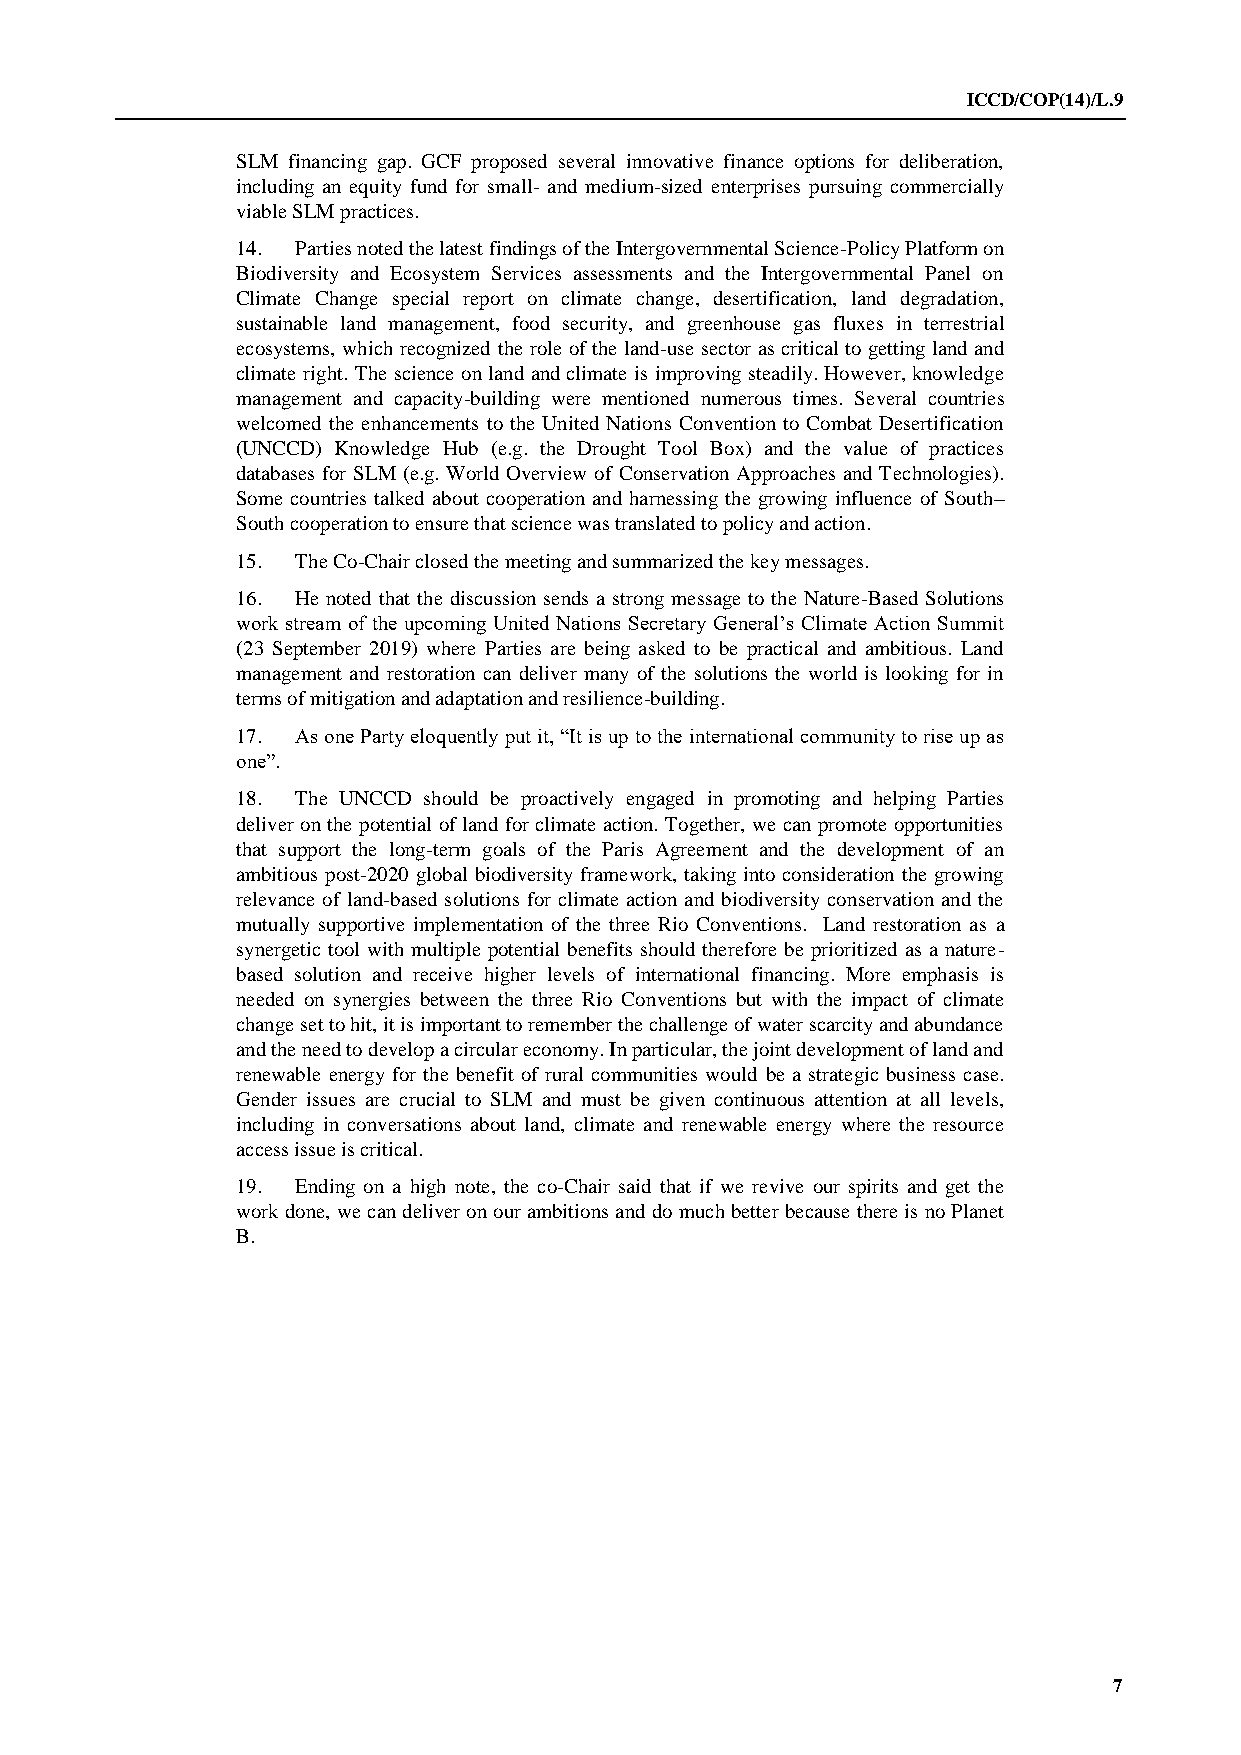
ICCD/COP(14)/L.9
 SLM financing gap. GCF proposed several innovative finance options for deliberation,
 including an equity fund for small- and medium-sized enterprises pursuing commercially
 viable SLM practices.
 14. Parties noted the latest findings of the Intergovernmental Science-Policy Platform on
 Biodiversity and Ecosystem Services assessments and the Intergovernmental Panel on
 Climate Change special report on climate change, desertification, land degradation,
 sustainable land management, food security, and greenhouse gas fluxes in terrestrial
 ecosystems, which recognized the role of the land-use sector as critical to getting land and
 climate right. The science on land and climate is improving steadily. However, knowledge
 management and capacity-building were mentioned numerous times. Several countries
 welcomed the enhancements to the United Nations Convention to Combat Desertification
 (UNCCD) Knowledge Hub (e.g. the Drought Tool Box) and the value of practices
 databases for SLM (e.g. World Overview of Conservation Approaches and Technologies).
 Some countries talked about cooperation and harnessing the growing influence of South–
 South cooperation to ensure that science was translated to policy and action.
 15. The Co-Chair closed the meeting and summarized the key messages.
 16. He noted that the discussion sends a strong message to the Nature-Based Solutions
 work stream of the upcoming United Nations Secretary General’s Climate Action Summit
 (23 September 2019) where Parties are being asked to be practical and ambitious. Land
 management and restoration can deliver many of the solutions the world is looking for in
 terms of mitigation and adaptation and resilience-building.
 17. As one Party eloquently put it, “It is up to the international community to rise up as
 one”.
 18. The UNCCD should be proactively engaged in promoting and helping Parties
 deliver on the potential of land for climate action. Together, we can promote opportunities
 that support the long-term goals of the Paris Agreement and the development of an
 ambitious post-2020 global biodiversity framework, taking into consideration the growing
 relevance of land-based solutions for climate action and biodiversity conservation and the
 mutually supportive implementation of the three Rio Conventions. Land restoration as a
 synergetic tool with multiple potential benefits should therefore be prioritized as a nature-
 based solution and receive higher levels of international financing. More emphasis is
 needed on synergies between the three Rio Conventions but with the impact of climate
 change set to hit, it is important to remember the challenge of water scarcity and abundance
 and the need to develop a circular economy. In particular, the joint development of land and
 renewable energy for the benefit of rural communities would be a strategic business case.
 Gender issues are crucial to SLM and must be given continuous attention at all levels,
 including in conversations about land, climate and renewable energy where the resource
 access issue is critical.
 19. Ending on a high note, the co-Chair said that if we revive our spirits and get the
 work done, we can deliver on our ambitions and do much better because there is no Planet
 B.
 7